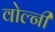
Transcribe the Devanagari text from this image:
वोल्नी